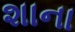
શાના